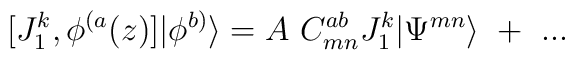
[J^k_1,\phi^{(a}(z)]|\phi^{b)}\rangle=A~C^{ab}_{mn}J^k_1|\Psi^{mn}\rangle~+~...